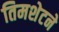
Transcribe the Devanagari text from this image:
तिमशेटने